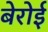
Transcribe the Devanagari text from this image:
बेरोई